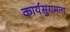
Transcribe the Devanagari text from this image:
कार्यसुगमता